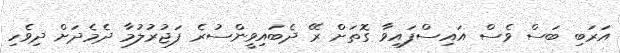
އަރަބި ބަސް ވެސް އައިސްފައިވާ ގޮތަށް ރޭ ދެބައިވީންސުރެ ފަޖުރުލުމާ ދެމެދަށް ދިވެހި